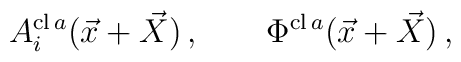
A_{i}^{{\rm cl}\,a}(\vec{x}+\vec{X}) \, , \qquad     \Phi^{{\rm cl}\,a}(\vec{x}+\vec{X}) \, ,